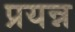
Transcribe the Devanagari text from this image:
प्रयन्न